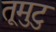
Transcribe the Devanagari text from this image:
तूमुटु